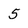
Character: 5